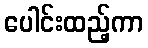
ပေါင်းထည့်ကာ